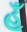
હૂઁ